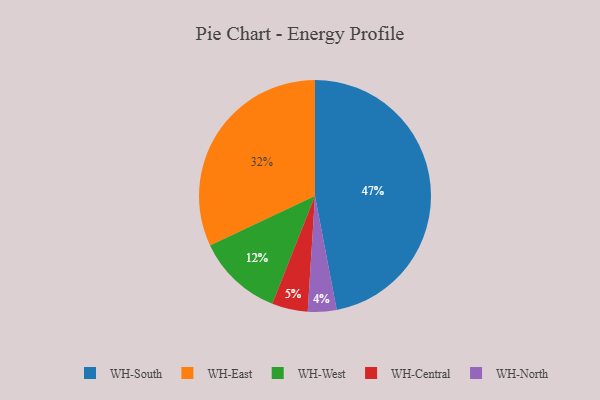
{"axis": {"x": "Category", "y": "Percentage"}, "legend": ["WH-Central", "WH-East", "WH-North", "WH-South", "WH-West"], "data": [{"x": "WH-East", "y": 32, "type": "WH-East"}, {"x": "WH-West", "y": 12, "type": "WH-West"}, {"x": "WH-Central", "y": 5, "type": "WH-Central"}, {"x": "WH-South", "y": 47, "type": "WH-South"}, {"x": "WH-North", "y": 4, "type": "WH-North"}]}